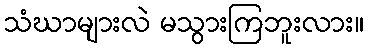
သံဃာများလဲ မသွားကြဘူးလား။